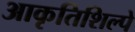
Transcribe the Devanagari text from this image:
आकृतिशिल्पे